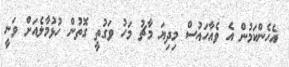
އެހެންކަމުން އެ ވެއާހައުސް މިދިޔަ މާޗު މަހު ވަގުތީ ގޮތުން ހުޅުމާލެއަށް ވަނީ